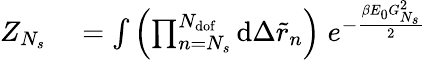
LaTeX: \begin{array}{rl}{Z_{N_{s}}}&{{}=\int{\left(\prod_{n=N_{s}}^{N_{\mathrm{dof}}}{\mathrm{d}\Delta\tilde{r}_{n}}\right)\; e^{-\frac{\beta E_{0}G_{N_{s}}^{2}}{2}}}}\end{array}